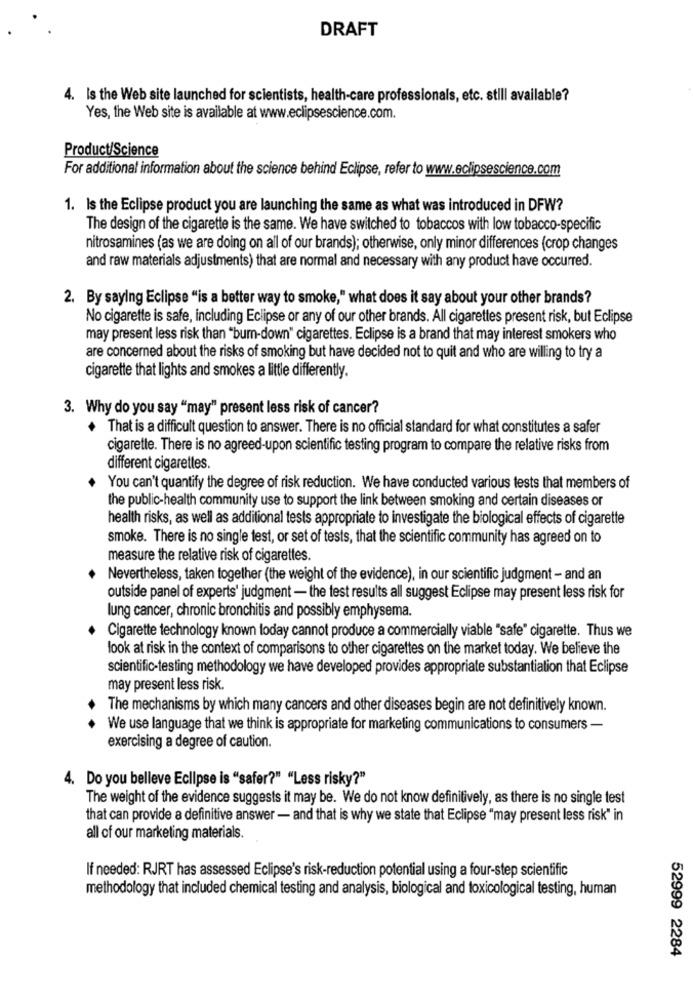
DRAFT
4. Is the Web site launched for scientists, health-care professionals, etc. still available?
Yes, the Web site is available at www.eclipsescience.com.
Product/Science
For additional information about the science behind Eclipse, refer to www.eclipsescience.com
1. Is the Eclipse product you are launching the same as what was introduced in DFW?
The design of the cigarette is the same. We have switched to tobaccos with low tobacco-specific
nitrosamines (as we are doing on all of our brands); otherwise, only minor differences (crop changes
and raw materials adjustments) that are normal and necessary with any product have occurred.
2. By saying Eclipse "is a better way to smoke," what does it say about your other brands?
No cigarette is safe, including Eclipse or any of our other brands. All cigarettes present risk, but Eclipse
may present less risk than "bum-down" cigarettes. Eclipse is a brand that may interest smokers who
are concerned about the risks of smoking but have decided not to quit and who are willing to try a
cigarette that lights and smokes a little differently.
3. Why do you say "may" present less risk of cancer?
+ That is a difficult question to answer. There is no official standard for what constitutes a safer
cigarette. There is no agreed-upon scientific testing program to compare the relative risks from
different cigarettes.
You can't quantify the degree of risk reduction. We have conducted various tests that members of
the public-health community use to support the link between smoking and certain diseases or
health risks, as well as additional tests appropriate to investigate the biological effects of cigarette
smoke. There is no single test, or set of tests, that the scientific community has agreed on to
measure the relative risk of cigarettes.
Nevertheless, taken together (the weight of the evidence), in our scientific judgment - and an
outside panel of experts' judgment - the test results all suggest Eclipse may present less risk for
lung cancer, chronic bronchitis and possibly emphysema.
Cigarette technology known today cannot produce a commercially viable "safe" cigarette. Thus we
look at risk in the context of comparisons to other cigarettes on the market today. We believe the
scientific-testing methodology we have developed provides appropriate substantiation that Eclipse
may present less risk.
The mechanisms by which many cancers and other diseases begin are not definitively known.
We use language that we think is appropriate for marketing communications to consumers -
exercising a degree of caution.
4. Do you belleve Eclipse is "safer?" "Less risky?"
The weight of the evidence suggests it may be. We do not know definitively, as there is no single test
that can provide a definitive answer - and that is why we state that Eclipse "may present less risk" in
all of our marketing materials.
If needed: RJRT has assessed Eclipse's risk-reduction potential using a four-step scientific
methodology that included chemical testing and analysis, biological and toxicological testing, human
52999 2284